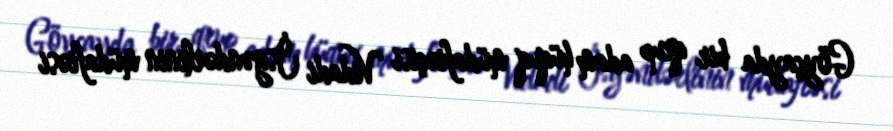
Göyçayda bir qrup adam hüquq müdafiəçisi Vidadi İsgəndərlinin müdafiəsi